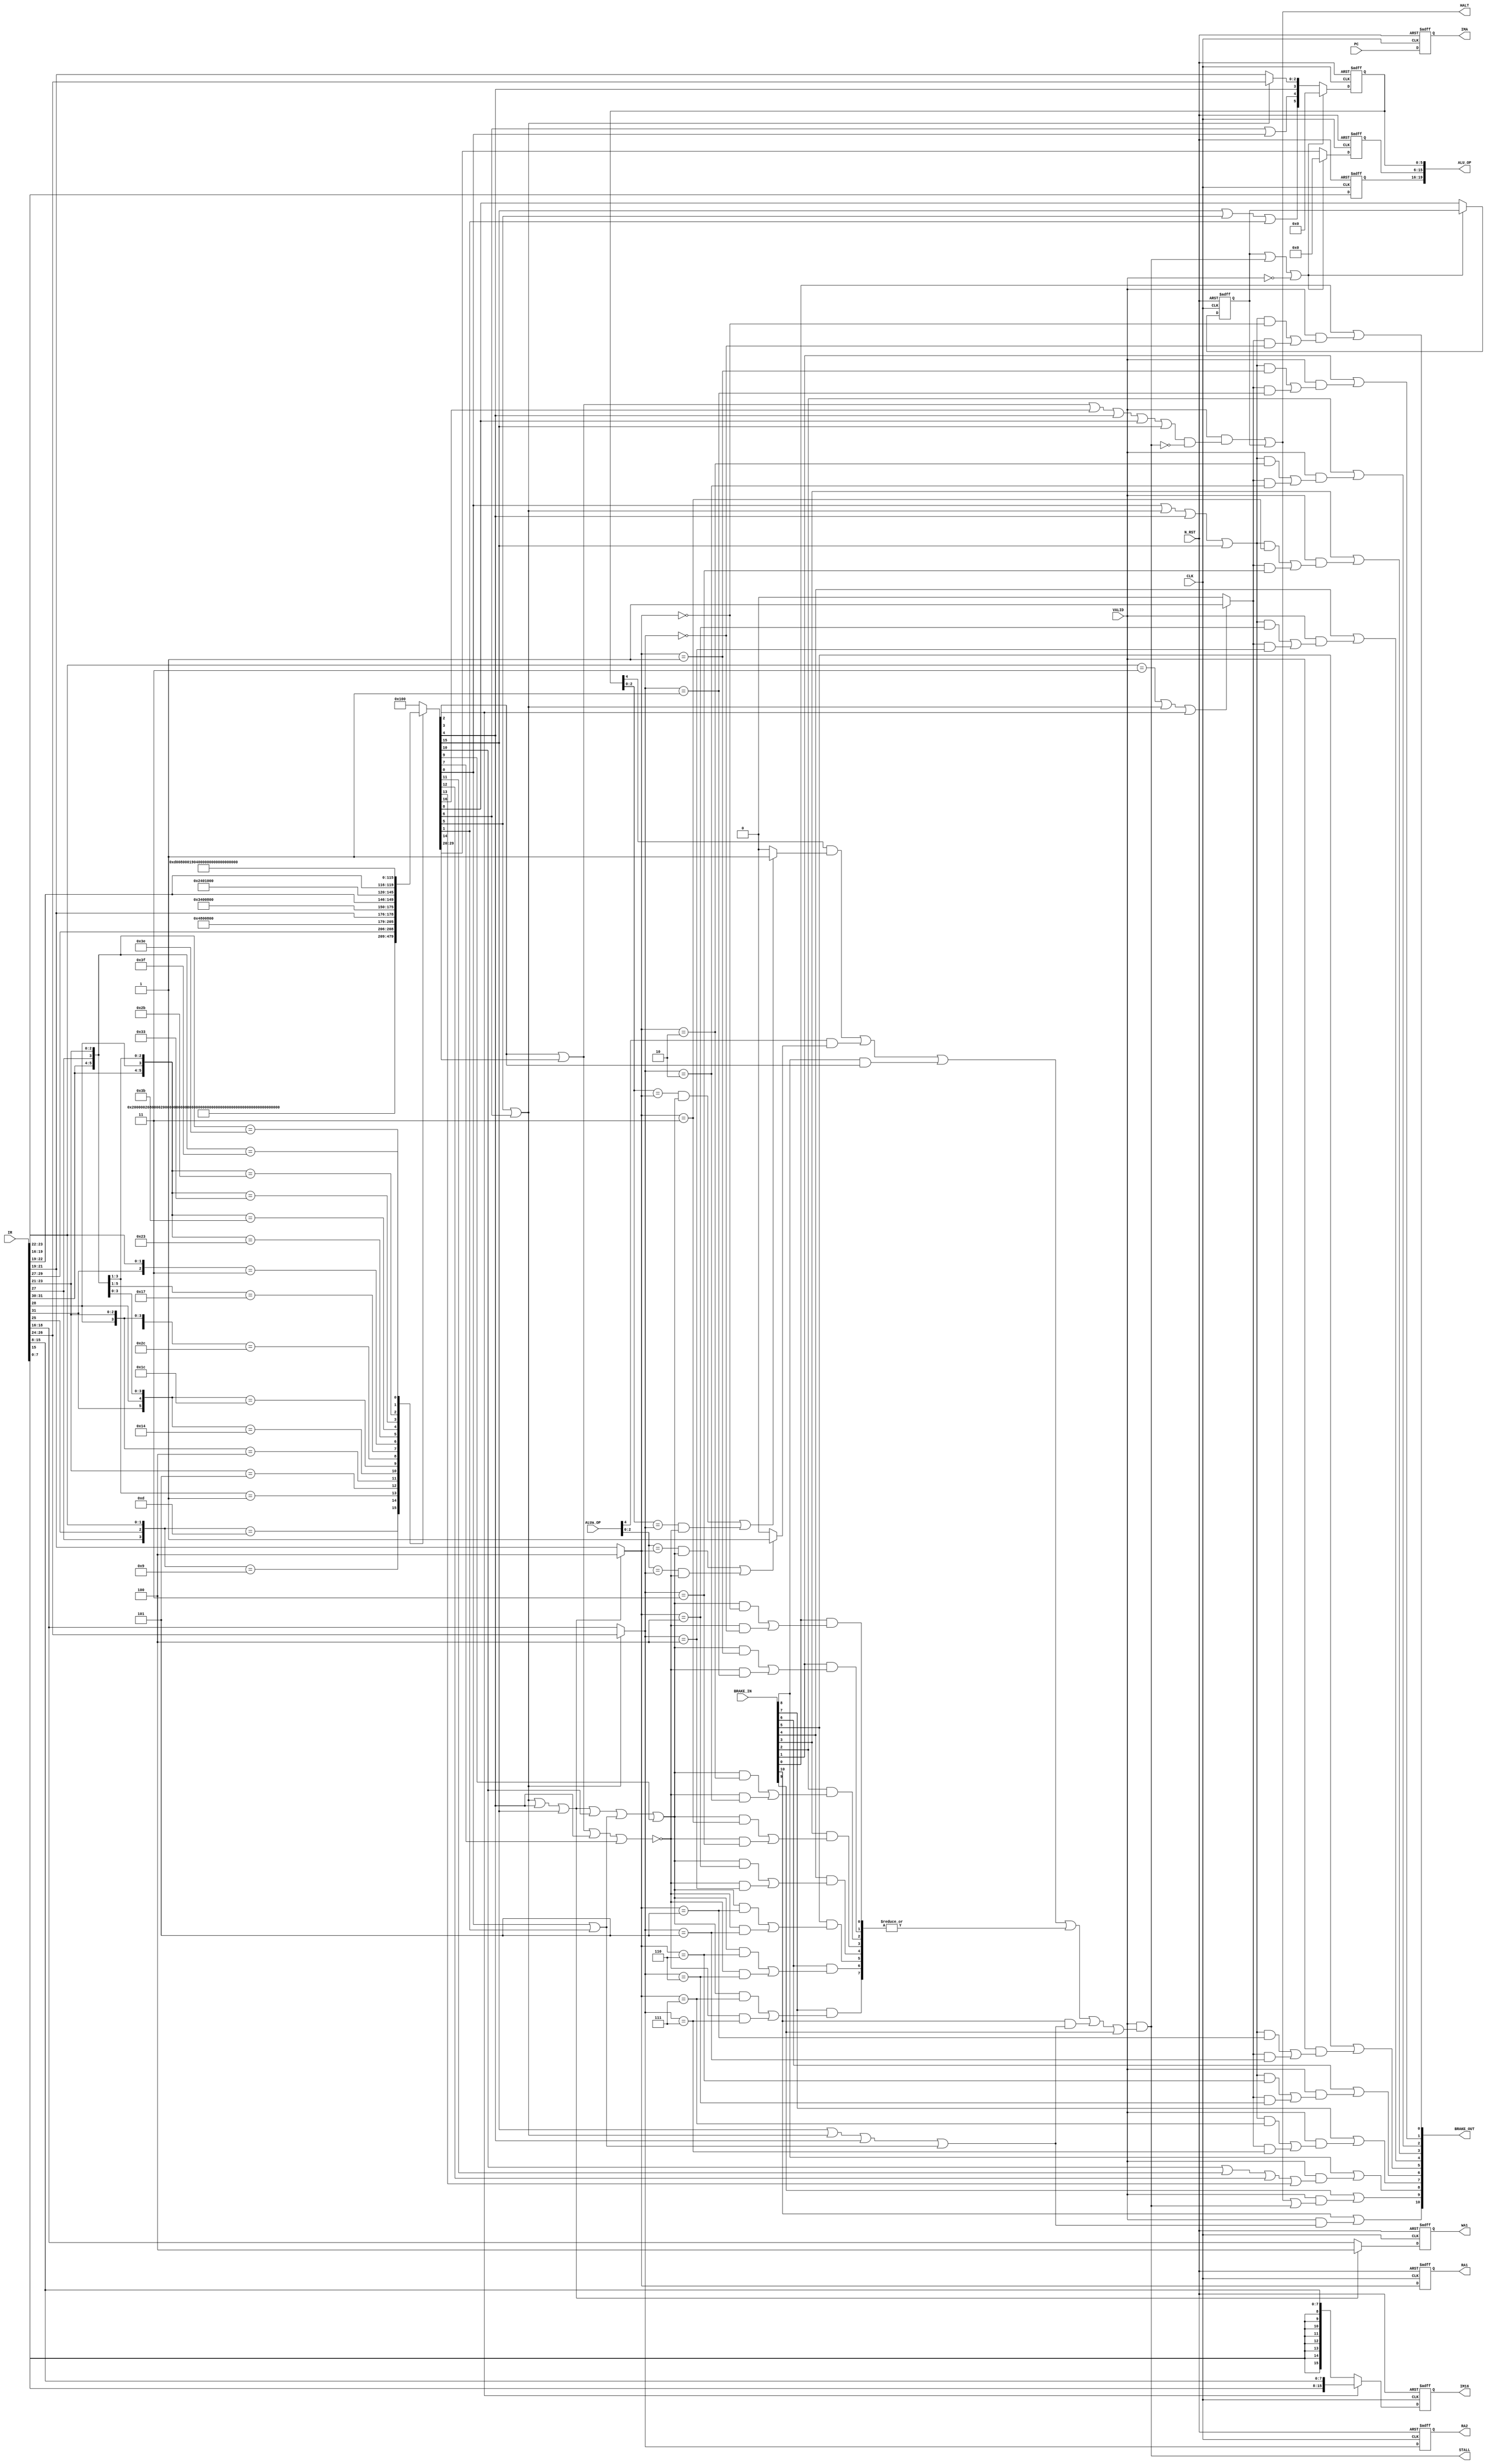
module DECODER(CLK, N_RST, IR, PC, ALU_OP, ALUa_OP, RA1, RA2, WA1, IM16, IMA, HALT, STALL, VALID, BRAKE_IN, BRAKE_OUT);
	input CLK, N_RST;
	
	input [31:0] IR;
	input [10:0] PC;
	input VALID;
	input [10:0] BRAKE_IN;
	
	output [19:0] ALU_OP;
	input [19:0] ALUa_OP;
	output [2:0] RA1, RA2, WA1;
	output [15:0] IM16;
	output [10:0] IMA;
	
	output HALT;
	output STALL;
	output [10:0] BRAKE_OUT;
	
	reg [3:0] COND;
	reg [9:0] DEC_OP;
	reg [5:0] LSU_OP;
	reg [2:0] RA1, RA2, WA1;
	reg [15:0] IM16;
	reg [10:0] IMA;
	reg STOP;
	
	wire [31:0] INSTFLAG;
	
	wire PUSH, POP, PUSHPOP, RETURN, BRANCH;
	wire CALL, JUMP, IMM_LOAD, LOAD, STORE;
	wire REG_OP, LDST, MOV, NOP, IMM_OP, NN_OP;
	wire SHIFT, COND_BRANCH, HALT_OP;
	
	function [31:0] decode;
		input [31:0] INST;
		
		casex(INST[31:21])
			11'bxxxx1x1x_01x:	//zLD
				decode = 32'b00_0000_010000_0000_0000_0000_0000_0001;
			11'bxxxx1x0x_01x:	//zST
				decode = 32'b00_0000_010000_0000_0000_0000_0000_0010;
			11'bxxxx0xxx_01x:	//zBcc
				decode = 32'b00_0000_011010_0000_0000_0000_0000_0100;
				
			11'bxxxxxxxx_101:	//zLIL
				decode = 32'b00_1001_010100_0000_0000_0000_0000_1000;
			11'bxxx0xxxx_100:	//zRET
				decode = 32'b00_1110_000100_0000_0000_0000_0001_0000;
			11'b0xx10xxx_100:	//zPUSH
				decode = 32'b00_1000_000100_0000_0000_0000_0010_0000;
			11'b0xx11xxx_100:	//zPOP
				decode = 32'b00_1110_000100_0000_0000_0000_0100_0000;
			11'b10x1xxxx_100:	//zNOP
				decode = 32'b00_0000_000000_0000_0000_0000_1000_0000;
			11'b11x1xxxx_100:	//zHLT
				decode = 32'b00_0000_000000_0000_0000_0001_0000_0000;
				
			11'b10xx1xxx_11x:	//zMOV
				decode = 32'b00_0010_000100_0000_0000_0010_0000_0000;
			11'b0xxxxxxx_11x:	//zADD,zSUB,zAND,zOR,zXOR,zCMP
				decode = {3'b000, IR[29:27], 26'b100100_0000_0000_0100_0000_0000};
			11'b10x00xxx_11x:	//zADDI,zSUBI,zANDI,zORI,zXORI,zCMPI
				decode = {3'b000, IR[21:19], 26'b110100_0000_0000_1000_0000_0000};
			11'b11x10xxx_11x:	//zNEG,zNOT
				decode = {2'b00, IR[22:19], 26'b100100_0000_0001_0000_0000_0000};
			11'b11x00xxx_11x:	//zSLL,zSLA,zSRL,zSRA
				decode = {2'b00, IR[22:19], 26'b110100_0000_0010_0000_0000_0000};
			11'b10x10xxx_11x:	//zB
				decode = 32'b00_0000_011001_0000_0100_0000_0000_0000;
			11'b11xx1xxx_110:	//zJALR
				decode = 32'b00_1000_001101_0000_1000_0000_0000_0000;
			11'b11xx1xxx_111:	//zJR
				decode = 32'b00_0011_000001_0001_0000_0000_0000_0000;
			default:
				decode = 32'b00_0000_000000_0000_0000_0001_0000_0000;
		endcase
	endfunction
	
	assign INSTFLAG = decode(IR);
	
	assign PUSH = INSTFLAG[5];
	assign POP = INSTFLAG[6];
	assign PUSHPOP = PUSH | POP;
	assign RETURN = INSTFLAG[4];
	assign CALL = INSTFLAG[15];
	assign JUMP = INSTFLAG[16];
	assign IMM_LOAD = INSTFLAG[3];
	assign BRANCH = INSTFLAG[2] | INSTFLAG[14];
	assign LOAD = INSTFLAG[0];
	assign STORE = INSTFLAG[1];
	assign REG_OP = INSTFLAG[10];
	assign LDST = LOAD | STORE;
	assign MOV = INSTFLAG[9];
	assign NOP = INSTFLAG[7];
	assign IMM_OP = INSTFLAG[11];
	assign NN_OP = INSTFLAG[12];
	assign SHIFT = INSTFLAG[13];
	assign COND_BRANCH = INSTFLAG[2];
	assign HALT_OP = INSTFLAG[8];
	
	wire [2:0] R1, R2, R3;
	
	assign R1 = (PUSHPOP | RETURN | CALL) ? 3'd4 : IR[21:19];
	assign R2 = PUSHPOP ? IR[26:24] : IR[18:16];
	assign R3 = PUSHPOP ? IR[26:24] : IR[21:19];
	
	wire ER1, ER2;
	
	assign ER1 = PUSHPOP | RETURN | CALL | REG_OP | LDST | MOV;
	assign ER2 = ~(BRANCH | RETURN | NOP);
	
	wire MR1, MR2;
	
	assign MR1 = LOAD | PUSHPOP | RETURN | CALL;
	assign MR2 = (IR[23:22] == 2'b11 || PUSHPOP || IMM_LOAD) ? 1'b1 : 1'b0;
	
	wire HAZARD_RAL, HAZARD_RALa, HAZARD_FLAG, HAZARD_LSU;
	wire [7:0] HAZARD_REG;
	
	assign HAZARD_RAL = ALU_OP[4] & (((ALU_OP[2:0] == R1 && ER1) || (ALU_OP[2:0] == R2 && ER2)) ? 1'b1 : 1'b0);
	assign HAZARD_RALa = ALUa_OP[4] & (((ALUa_OP[2:0] == R1 && ER1) || (ALUa_OP[2:0] == R2 && ER2)) ? 1'b1 : 1'b0);
	
	assign ALU_OP = {COND, DEC_OP, LSU_OP};
	
	assign BRAKE_OUT[10] = BRAKE_IN[10] | (VALID & (CALL | PUSHPOP | RETURN | LDST));
	assign BRAKE_OUT[8] = BRAKE_IN[8] | (VALID & (REG_OP | IMM_OP | NN_OP | SHIFT));
	assign BRAKE_OUT[7] = BRAKE_IN[7] | (VALID & ((MR1 && R1 == 3'd7) | (MR2 && R2 == 3'd7)));
	assign BRAKE_OUT[6] = BRAKE_IN[6] | (VALID & ((MR1 && R1 == 3'd6) | (MR2 && R2 == 3'd6)));
	assign BRAKE_OUT[5] = BRAKE_IN[5] | (VALID & ((MR1 && R1 == 3'd5) | (MR2 && R2 == 3'd5)));
	assign BRAKE_OUT[4] = BRAKE_IN[4] | (VALID & ((MR1 && R1 == 3'd4) | (MR2 && R2 == 3'd4)));
	assign BRAKE_OUT[3] = BRAKE_IN[3] | (VALID & ((MR1 && R1 == 3'd3) | (MR2 && R2 == 3'd3)));
	assign BRAKE_OUT[2] = BRAKE_IN[2] | (VALID & ((MR1 && R1 == 3'd2) | (MR2 && R2 == 3'd2)));
	assign BRAKE_OUT[1] = BRAKE_IN[1] | (VALID & ((MR1 && R1 == 3'd1) | (MR2 && R2 == 3'd1)));
	assign BRAKE_OUT[0] = BRAKE_IN[0] | (VALID & ((MR1 && R1 == 3'd0) | (MR2 && R2 == 3'd0)));
	
	assign HAZARD_FLAG = BRAKE_IN[8] & COND_BRANCH;
	assign HAZARD_REG[7] = BRAKE_IN[7] & ((ER1 && R1 == 3'd7) | (ER2 && R2 == 3'd7));
	assign HAZARD_REG[6] = BRAKE_IN[6] & ((ER1 && R1 == 3'd6) | (ER2 && R2 == 3'd6));
	assign HAZARD_REG[5] = BRAKE_IN[5] & ((ER1 && R1 == 3'd5) | (ER2 && R2 == 3'd5));
	assign HAZARD_REG[4] = BRAKE_IN[4] & ((ER1 && R1 == 3'd4) | (ER2 && R2 == 3'd4));
	assign HAZARD_REG[3] = BRAKE_IN[3] & ((ER1 && R1 == 3'd3) | (ER2 && R2 == 3'd3));
	assign HAZARD_REG[2] = BRAKE_IN[2] & ((ER1 && R1 == 3'd2) | (ER2 && R2 == 3'd2));
	assign HAZARD_REG[1] = BRAKE_IN[1] & ((ER1 && R1 == 3'd1) | (ER2 && R2 == 3'd1));
	assign HAZARD_REG[0] = BRAKE_IN[0] & ((ER1 && R1 == 3'd0) | (ER2 && R2 == 3'd0));
	assign HAZARD_LSU = BRAKE_IN[10] & (CALL | PUSHPOP | RETURN | LDST);
	
	assign STALL = VALID & (HAZARD_RAL | HAZARD_RALa | HAZARD_FLAG | |{HAZARD_REG[7:0]} | HAZARD_LSU | BRAKE_IN[9]);
	assign HALT = (VALID & ((BRANCH | JUMP | RETURN | HALT_OP | CALL) & ~STALL)) | STOP;
	assign BRAKE_OUT[9] = BRAKE_IN[9] | (VALID & (HALT | STALL));
	
	always @(posedge CLK or negedge N_RST) begin
		if(~N_RST) begin
			COND <= 0;
			DEC_OP <= 0;
			IM16 <= 0;
			IMA <= 0;
			RA1 <= 0;
			RA2 <= 0;
			WA1 <= 0;
			LSU_OP <= 0;
			STOP <= 0;
		end else begin
			RA1 <= R1;
			RA2 <= R2;
			WA1 <= (PUSHPOP | RETURN | CALL) ? 3'd4 : IR[18:16];
			IM16 <= IMM_LOAD ? {IR[7:0], IR[15:8]} : {{8{IR[15]}}, IR[15:8]};
			IMA <= PC;
			COND <= IR[19:16];
		
			if(STOP | STALL | ~VALID) begin
				DEC_OP <= 0;
				LSU_OP <= 0;
			end else begin
				LSU_OP <= {CALL | PUSH | STORE, POP | LOAD, RETURN, R3};
				STOP <= HALT_OP;
				DEC_OP <= INSTFLAG[29:20];
			end
		end
	end
endmodule